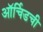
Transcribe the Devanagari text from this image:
ऑर्चिडची